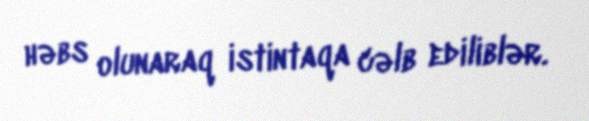
həbs olunaraq istintaqa cəlb ediliblər.